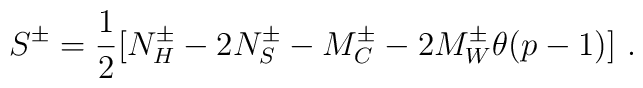
S^{\pm }=\frac{1}{2}[N_{H}^{\pm }-2N_{S}^{\pm }-M_{C}^{\pm }-2M^{\pm }_{W}\theta (p-1)]\, \, .